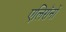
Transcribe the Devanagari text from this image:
एलिरॉनों